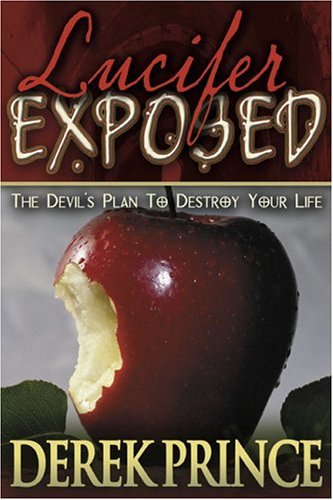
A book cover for Lucifer Exposed: The Devil's Plans to Destroy Your Life; Derek Prince; Christian Books & Bibles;